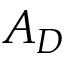
A _ { D }